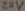
Text: 25V